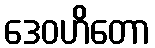
ဒေဝဟိတော